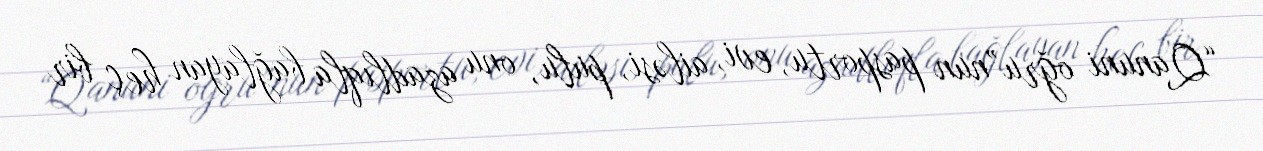
“Qanuni oğru”nun pasportu, evi, ailəsi, pulu, onu azadlıqla bağlayan heç bir